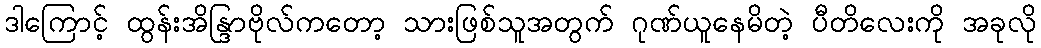
ဒါကြောင့် ထွန်းအိန္ဒြာဗိုလ်ကတော့ သားဖြစ်သူအတွက် ဂုဏ်ယူနေမိတဲ့ ပီတိလေးကို အခုလို